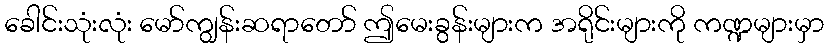
ခေါင်းသုံးလုံး မော်ကျွန်းဆရာတော် ဤမေးခွန်းများက အရိုင်းများကို ကဏ္ဍများမှာ